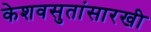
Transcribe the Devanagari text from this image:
केशवसुतांसारखी